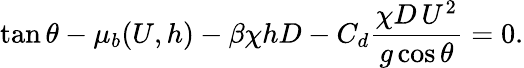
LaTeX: \tan\theta-\mu_{b}(U,h)-\beta\chi hD-C_{d}\frac{\chi D\, U^{2}}{g\cos\theta}=0.